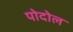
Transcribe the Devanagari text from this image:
पोदोल